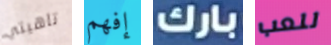
تاهيتي إفهم بارك للعب